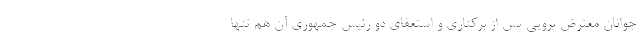
جوانان معترض پرویی پس از برکناری و استعفای دو رئیس جمهوری آن هم تنها